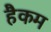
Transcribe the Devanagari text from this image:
हैकम